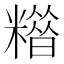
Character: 𥼪